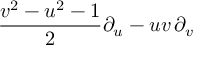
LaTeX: { \frac { v ^ { 2 } - u ^ { 2 } - 1 } { 2 } } \partial _ { u } - u v \, \partial _ { v }